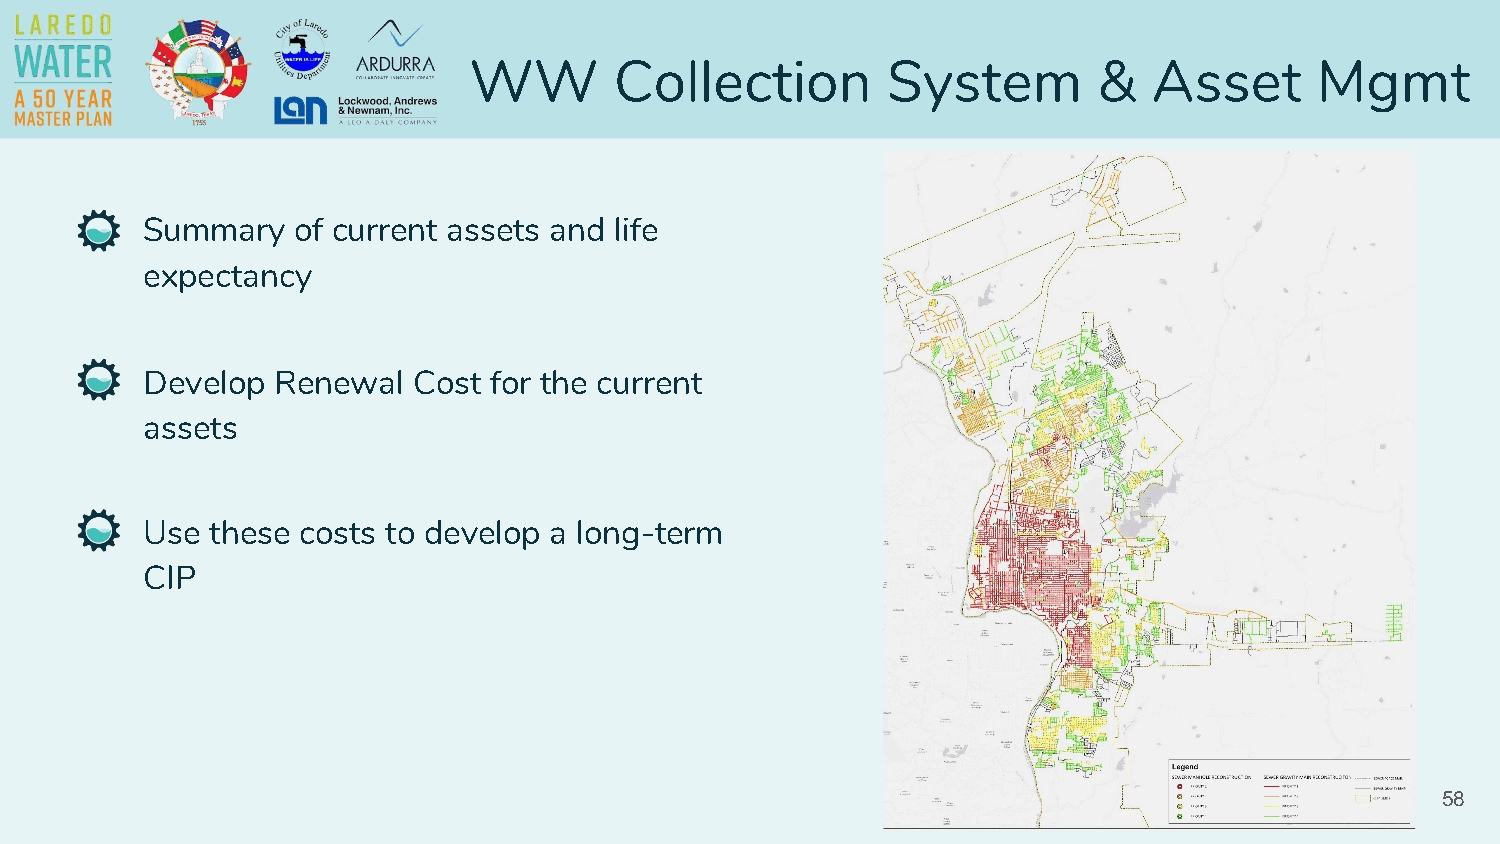
WW        Collection        System        &  Asset      Mgmt
 Summary   of current assets and life
 expectancy
 Develop  Renewal  Cost for the current
 assets
 Use  these costs to develop a long-term
 CIP
 58